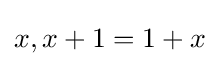
x,x+1=1+x